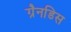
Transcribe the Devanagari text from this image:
ग्रैनडिस